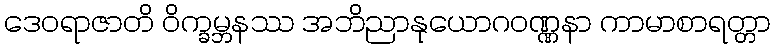
ဒေဝရာဇာတိ ဝိက္ခမ္ဘနဿ အဘိညာနုယောဂဝဏ္ဏနာ ကာမာစာရတ္တာ